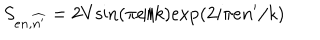
S _ { e n , \widehat { n ^ { \prime } } } = 2 V \mathrm { s i n } ( \pi e / k ) \mathrm { e x p } ( 2 i \pi e n ^ { \prime } / k )